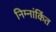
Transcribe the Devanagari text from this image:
निम्नांकिंत